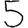
Digit: 5